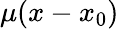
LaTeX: \mu(x-x_{0})